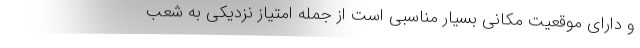
و دارای موقعیت مکانی بسیار مناسبی است از جمله امتیاز نزدیکی به شعب